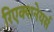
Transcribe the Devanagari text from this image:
रिएक्शनेयर्स